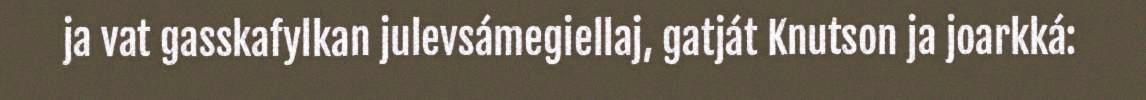
ja vat gasskafylkan julevsámegiellaj, gatját Knutson ja joarkká: